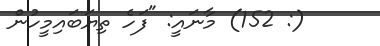
(: 152) މާނައީ: "ފަހެ ތިޔަބައިމީހުން